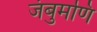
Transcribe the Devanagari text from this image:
जंबुमणि